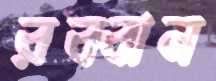
রব্বান